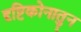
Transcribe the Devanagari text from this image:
दृष्टिकोनातुन